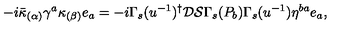
- i \bar { \kappa } _ { ( \alpha ) } \gamma ^ { a } \kappa _ { ( \beta ) } e _ { a } = - i \Gamma _ { s } ( u ^ { - 1 } ) ^ { \dagger } \mathcal { D } \mathcal { S } \Gamma _ { s } ( P _ { b } ) \Gamma _ { s } ( u ^ { - 1 } ) \eta ^ { b a } e _ { a } ,